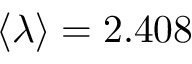
\langle \lambda \rangle = 2 . 4 0 8